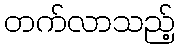
တက်လာသည့်